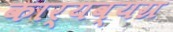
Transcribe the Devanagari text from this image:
कार्यव्यग्र